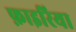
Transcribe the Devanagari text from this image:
फ़ाइरिया